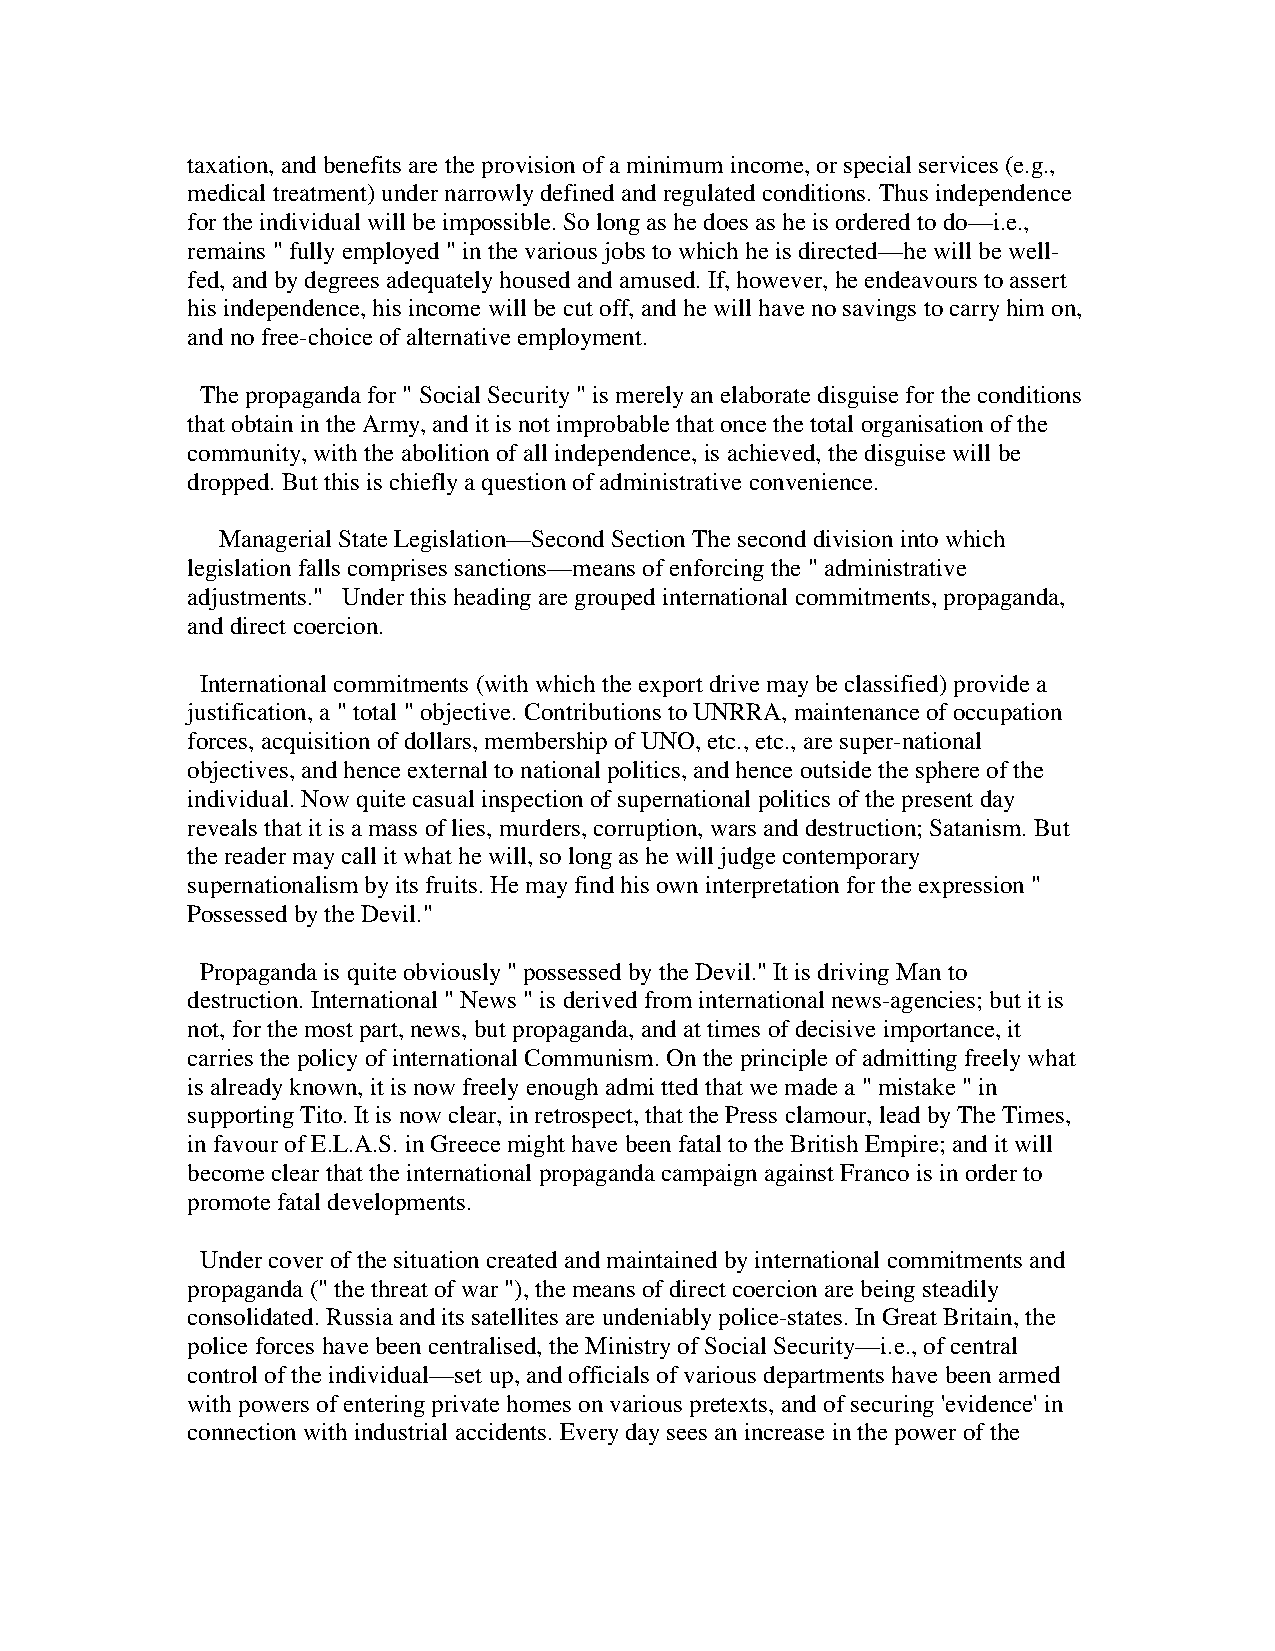
taxation, and benefits are the provision of a minimum income, or special services (e.g.,
 medical treatment) under narrowly defined and regulated conditions. Thus independence
 for the individual will be impossible. So long as he does as he is ordered to do—i.e.,
 remains " fully employed " in the various jobs to which he is directed—he will be well-
 fed, and by degrees adequately housed and amused. If, however, he endeavours to assert
 his independence, his income will be cut off, and he will have no savings to carry him on,
 and no free-choice of alternative employment.
 The propaganda for " Social Security " is merely an elaborate disguise for the conditions
 that obtain in the Army, and it is not improbable that once the total organisation of the
 community, with the abolition of all independence, is achieved, the disguise will be
 dropped. But this is chiefly a question of administrative convenience.
 Managerial State Legislation—Second Section The second division into which
 legislation falls comprises sanctions—means of enforcing the " administrative
 adjustments." Under this heading are grouped international commitments, propaganda,
 and direct coercion.
 International commitments (with which the export drive may be classified) provide a
 justification, a " total " objective. Contributions to UNRRA, maintenance of occupation
 forces, acquisition of dollars, membership of UNO, etc., etc., are super-national
 objectives, and hence external to national politics, and hence outside the sphere of the
 individual. Now quite casual inspection of supernational politics of the present day
 reveals that it is a mass of lies, murders, corruption, wars and destruction; Satanism. But
 the reader may call it what he will, so long as he will judge contemporary
 supernationalism by its fruits. He may find his own interpretation for the expression "
 Possessed by the Devil."
 Propaganda is quite obviously " possessed by the Devil." It is driving Man to
 destruction. International " News " is derived from international news-agencies; but it is
 not, for the most part, news, but propaganda, and at times of decisive importance, it
 carries the policy of international Communism. On the principle of admitting freely what
 is already known, it is now freely enough admi tted that we made a " mistake " in
 supporting Tito. It is now clear, in retrospect, that the Press clamour, lead by The Times,
 in favour of E.L.A.S. in Greece might have been fatal to the British Empire; and it will
 become clear that the international propaganda campaign against Franco is in order to
 promote fatal developments.
 Under cover of the situation created and maintained by international commitments and
 propaganda (" the threat of war "), the means of direct coercion are being steadily
 consolidated. Russia and its satellites are undeniably police-states. In Great Britain, the
 police forces have been centralised, the Ministry of Social Security—i.e., of central
 control of the individual—set up, and officials of various departments have been armed
 with powers of entering private homes on various pretexts, and of securing 'evidence' in
 connection with industrial accidents. Every day sees an increase in the power of the